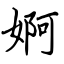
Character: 婀